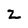
Character: Z